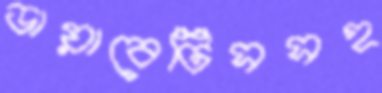
ডায়াবেটিসসহ